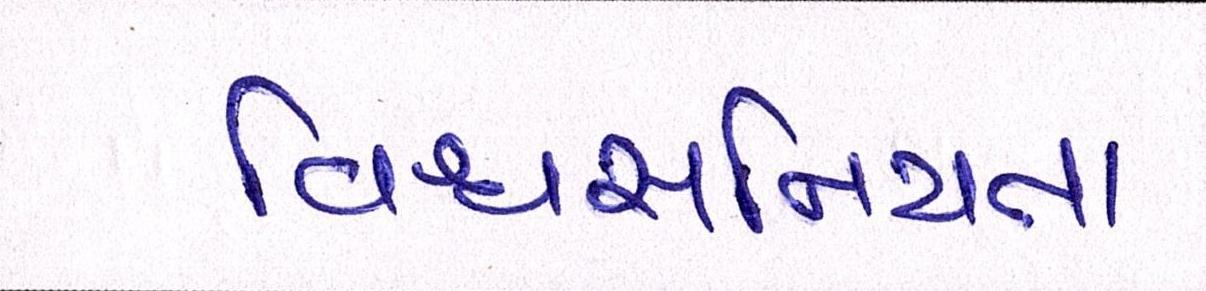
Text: વિશ્વસનિયતા